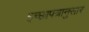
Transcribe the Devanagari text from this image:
इच्छापत्रानुसार